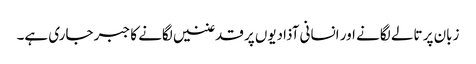
زبان پر تالے لگانے اور انسانی آذادیوں پر قدغنیں لگانے کا جبر جاری ہے۔